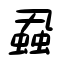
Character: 蝨